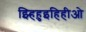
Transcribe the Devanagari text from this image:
झ्हिहुइहिहीओ